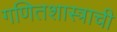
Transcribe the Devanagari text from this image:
गणितशास्त्राची